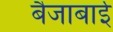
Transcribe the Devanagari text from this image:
बैजाबाई